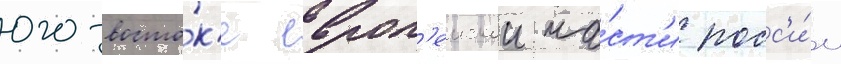
юго-восто́к'е европ'еискои ча́ст'и росс'и́и